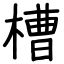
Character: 槽